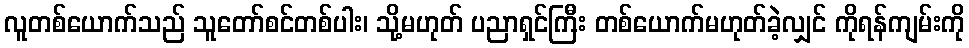
လူတစ်ယောက်သည် သူတော်စင်တစ်ပါး၊ သို့မဟုတ် ပညာရှင်ကြီး တစ်ယောက်မဟုတ်ခဲ့လျှင် ကိုရန်ကျမ်းကို